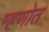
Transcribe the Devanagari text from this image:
म्हणोत